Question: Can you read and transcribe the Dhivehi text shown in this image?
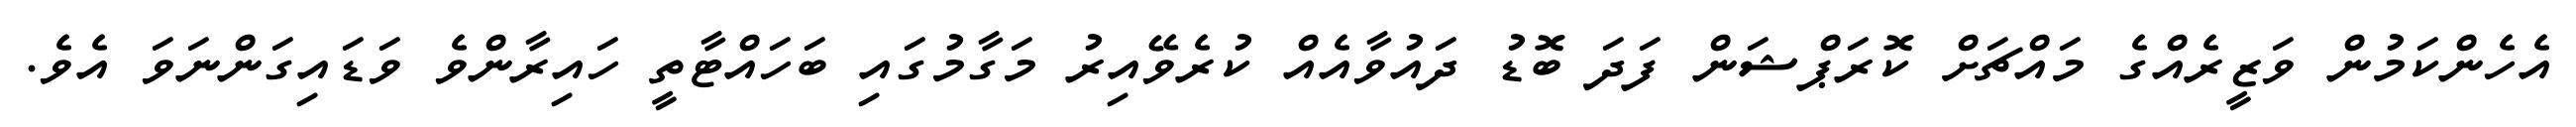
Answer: އެހެންކަމުން ވަޒީރެއްގެ މައްޗަށް ކޮރަޕްޝަން ފަދަ ބޮޑު ދައުވާއެއް ކުރެވޭއިރު މަގާމުގައި ބަހައްޓާތީ ހައިރާންވެ ވަޑައިގަންނަވަ އެވެ.